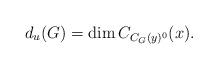
LaTeX: \begin{align*} d_u(G)= \dim C_{C_G(y)^0}(x).\end{align*}